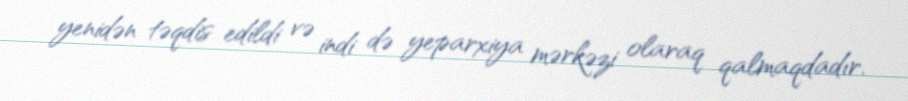
yenidən təqdis edildi və indi də yeparxiya mərkəzi olaraq qalmaqdadır.